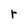
Character: r